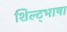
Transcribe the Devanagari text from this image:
शिल्ट्भाषा